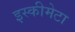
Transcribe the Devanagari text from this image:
इस्कीमेटा